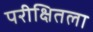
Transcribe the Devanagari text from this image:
परीक्षितला